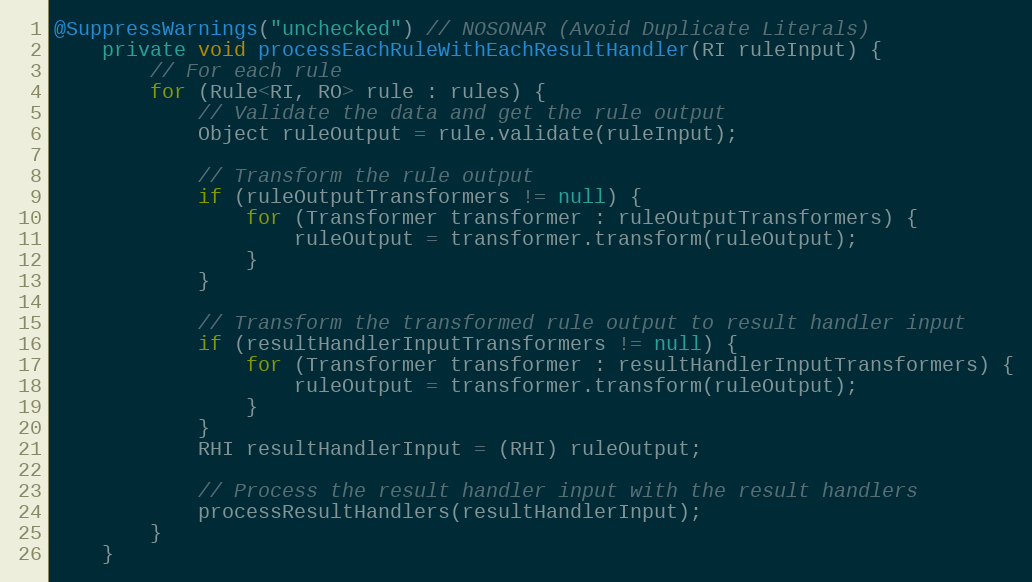
Language: Java
@SuppressWarnings("unchecked") // NOSONAR (Avoid Duplicate Literals)
    private void processEachRuleWithEachResultHandler(RI ruleInput) {
        // For each rule
        for (Rule<RI, RO> rule : rules) {
            // Validate the data and get the rule output
            Object ruleOutput = rule.validate(ruleInput);

            // Transform the rule output
            if (ruleOutputTransformers != null) {
                for (Transformer transformer : ruleOutputTransformers) {
                    ruleOutput = transformer.transform(ruleOutput);
                }
            }

            // Transform the transformed rule output to result handler input
            if (resultHandlerInputTransformers != null) {
                for (Transformer transformer : resultHandlerInputTransformers) {
                    ruleOutput = transformer.transform(ruleOutput);
                }
            }
            RHI resultHandlerInput = (RHI) ruleOutput;

            // Process the result handler input with the result handlers
            processResultHandlers(resultHandlerInput);
        }
    }